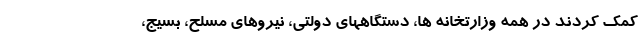
کمک کردند در همه وزارتخانه ها، دستگاههای دولتی، نیروهای مسلح، بسیج،